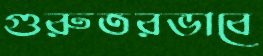
গুরুতরভাবে